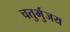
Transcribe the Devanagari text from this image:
चतुर्भुजय